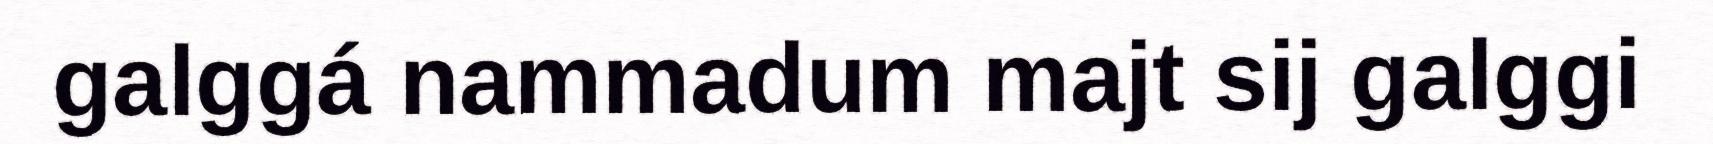
galggá nammadum majt sij galggi